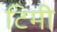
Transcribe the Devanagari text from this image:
टिमी